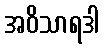
အဝိသာရဒါ